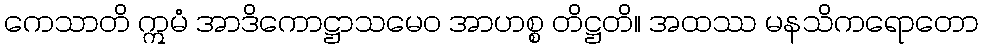
ကေသာတိ ဣမံ အာဒိကောဋ္ဌာသမေဝ အာဟစ္စ တိဋ္ဌတိ။ အထဿ မနသိကရောတော